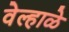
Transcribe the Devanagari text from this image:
वेल्हाळे